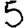
Digit: 5